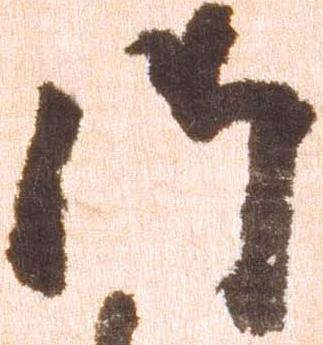
御